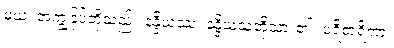
မယံ၊ အကျွန်ုပ်တို့သည်။ နန္ဒိယဿ၊ နန္ဒိယသတို့သား၏။ ပရိစာရိကာ၊